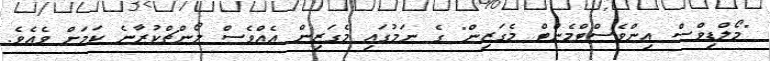
"މޯލްޑިވްސް އިންވެސްޓްމެންޓް މެގަޒިން" ގެ ނަމުގައި މެގަޒިން އެއްވެސް ލޯންޗްކުރާނެ ކަމަށް ވެއެވެ.